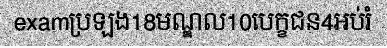
examប្រឡង18មណ្ឌល10បេក្ខជន4អប់រំ